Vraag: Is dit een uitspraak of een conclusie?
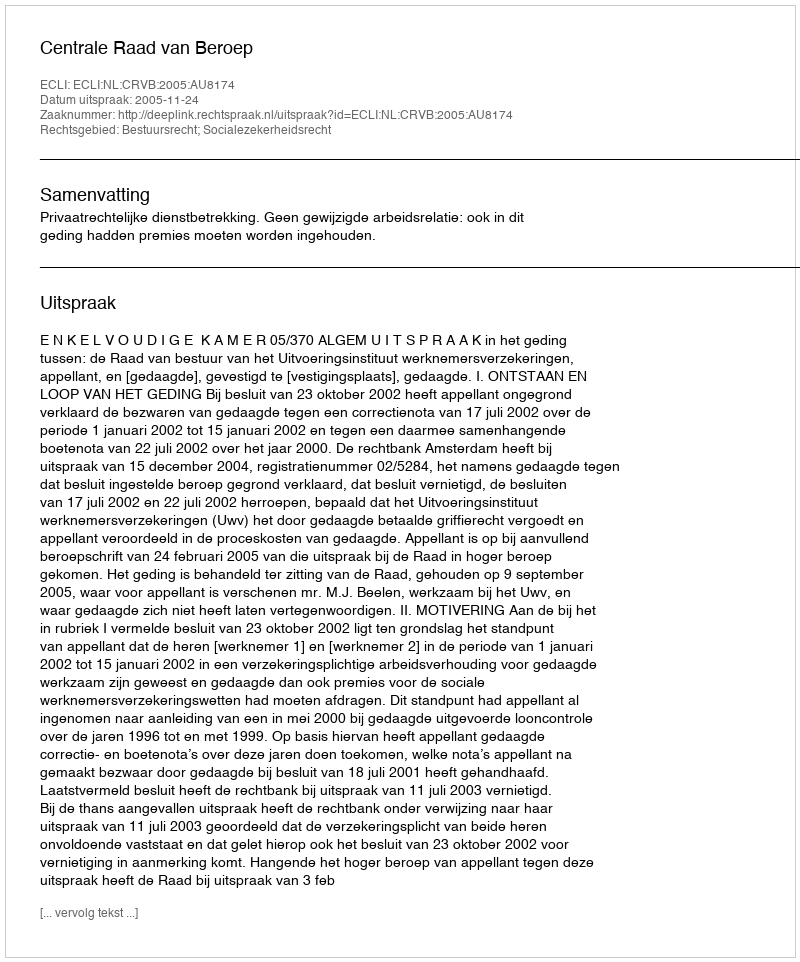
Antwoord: Uitspraak